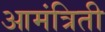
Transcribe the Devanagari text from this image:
आमंत्रिती